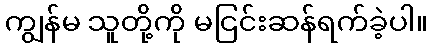
ကျွန်မ သူတို့ကို မငြင်းဆန်ရက်ခဲ့ပါ။